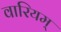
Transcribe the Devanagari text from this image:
वारियम्